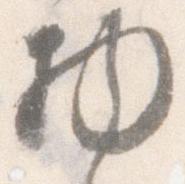
物